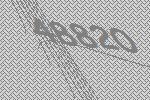
48820